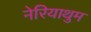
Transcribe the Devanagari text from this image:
नेरियाथुम